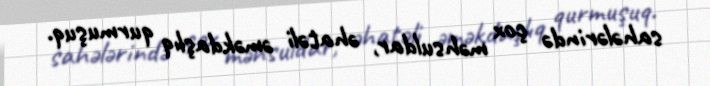
sahələrində çox məhsuldar, əhatəli əməkdaşlıq qurmuşuq.